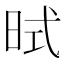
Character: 𪰜